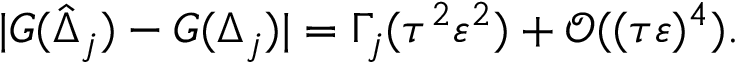
| G ( \hat { \Delta } _ { j } ) - G ( \Delta _ { j } ) | = \Gamma _ { j } ( \tau ^ { 2 } \varepsilon ^ { 2 } ) + \mathcal { O } ( ( \tau \varepsilon ) ^ { 4 } ) .